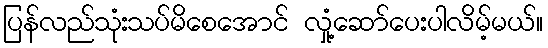
ပြန်လည်သုံးသပ်မိစေအောင် လှုံ့ဆော်ပေးပါလိမ့်မယ်။